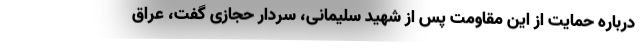
درباره حمایت از این مقاومت پس از شهید سلیمانی، سردار حجازی گفت، عراق